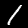
Digit: 1